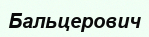
Бальцерович